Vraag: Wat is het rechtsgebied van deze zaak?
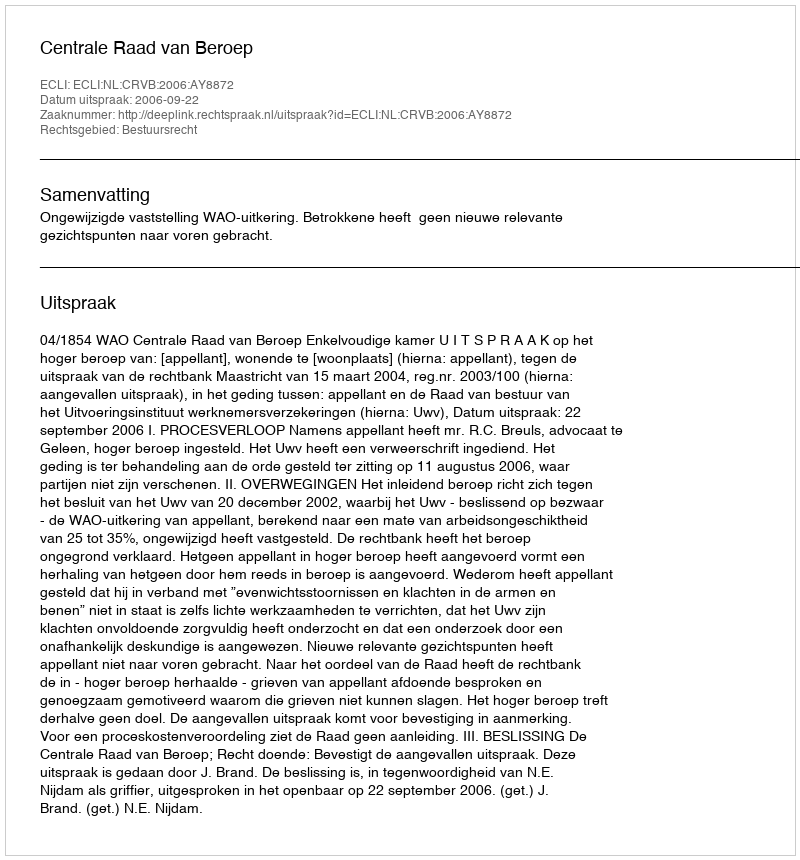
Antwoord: Bestuursrecht